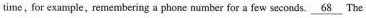
time, for example, remembering a phone number for a few seconds.\underline68 The